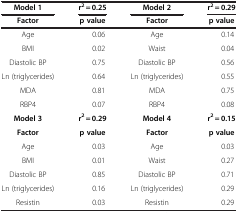
| Model 1 | r2 = 0.25 | Model 2 | r2 = 0.29 |
 | Factor | p value | Factor | p value |
 | --- | --- | --- | --- |
 | Age | 0.06 | Age | 0.14 |
 | BMI | 0.02 | Waist | 0.04 |
 | Diastolic BP | 0.75 | Diastolic BP | 0.56 |
 | Ln (triglycerides) | 0.64 | Ln (triglycerides) | 0.55 |
 | MDA | 0.81 | MDA | 0.75 |
 | RBP4 | 0.07 | RBP4 | 0.08 |
 | Model 3 | r2 = 0.29 | Model 4 | r2 = 0.15 |
 | Factor | p value | Factor | p value |
 | Age | 0.03 | Age | 0.03 |
 | BMI | 0.01 | Waist | 0.27 |
 | Diastolic BP | 0.85 | Diastolic BP | 0.71 |
 | Ln (triglycerides) | 0.16 | Ln (triglycerides) | 0.29 |
 | Resistin | 0.03 | Resistin | 0.29 |